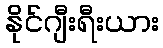
နိုင်ဂျီးရီးယား